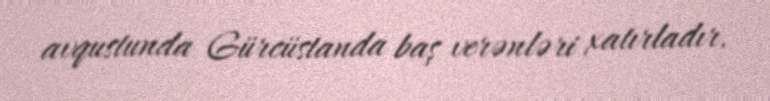
avqustunda Gürcüstanda baş verənləri xatırladır.